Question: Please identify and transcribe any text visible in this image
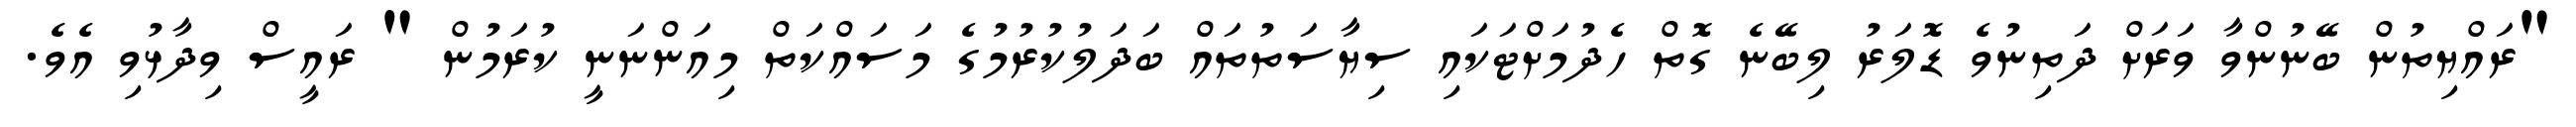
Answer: "ރައްޔިތުން ބޭނުންވާ ވަރަށް ދަތިނުވެ ޑޮލަރު ލިބޭނެ ގޮތް ހެދުމަށްޓަކައި ސިޔާސަތުތައް ބަދަލުކުރުމުގެ މަސައްކަތް މިއަންނަނީ ކުރަމުން " ރައީސް ވިދާޅުވި އެވެ.